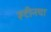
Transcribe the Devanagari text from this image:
रूटीनचा